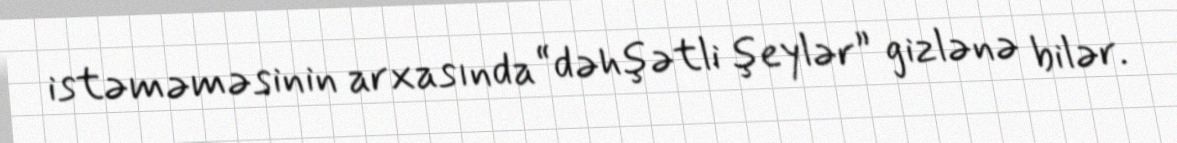
istəməməsinin arxasında “dəhşətli şeylər” gizlənə bilər.